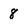
Character: 8